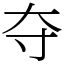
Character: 夺